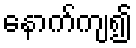
နောက်ကျ၍